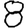
Digit: 8